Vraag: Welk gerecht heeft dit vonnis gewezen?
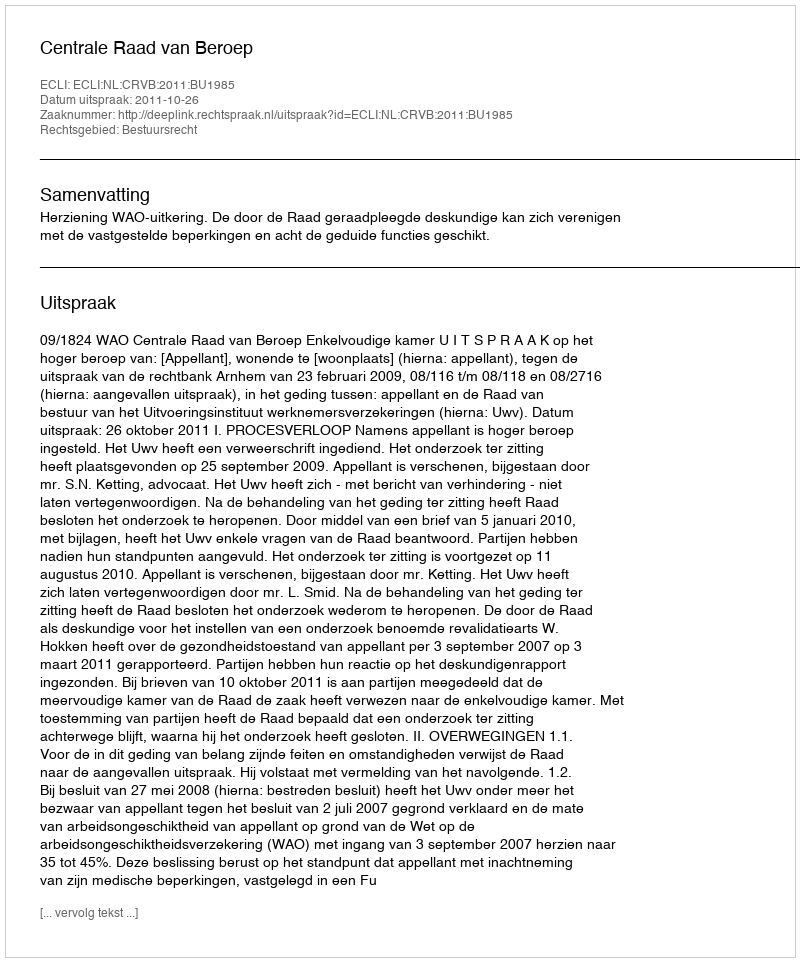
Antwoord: Centrale Raad van Beroep